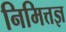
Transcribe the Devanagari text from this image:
निमित्तज्ञ